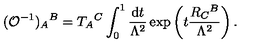
( { \cal O } ^ { - 1 } ) _ { A } { } ^ { B } = T _ { A } { } ^ { C } \int _ { 0 } ^ { 1 } \frac { \mathrm { d } t } { \Lambda ^ { 2 } } \exp \left( t \frac { R _ { C } { } ^ { B } } { \Lambda ^ { 2 } } \right) .